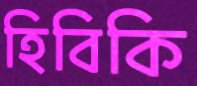
হিবিকি